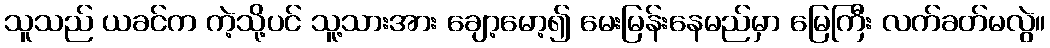
သူသည် ယခင်က ကဲ့သို့ပင် သူ့သားအား ချော့မော့၍ မေးမြန်းနေမည်မှာ မြေကြီး လက်ခတ်မလွဲ။